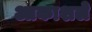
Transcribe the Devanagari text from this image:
आकाशले